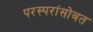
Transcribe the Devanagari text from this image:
परस्परांसोबत